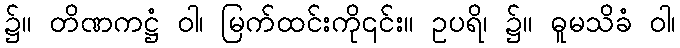
၌။ တိဏကဋ္ဌံ ဝါ၊ မြက်ထင်းကို၎င်း။ ဥပရိ၊ ၌။ ဓူမသိခံ ဝါ၊